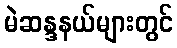
မဲဆန္ဒနယ်များတွင်